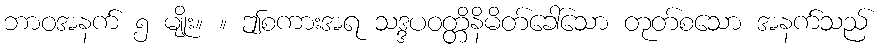
ဘာဝအနက် ၅ မျိုး။ ။ ဤစကားအရ သဒ္ဒပဝတ္တိနိမိတ်ခေါ်သော တုတ်စသော အနက်သည်